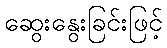
ဆွေးနွေးခြင်းဖြင့်